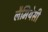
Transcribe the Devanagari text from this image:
लैमियेसी